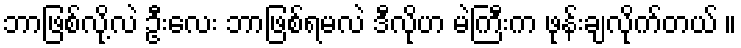
ဘာဖြစ်လို့လဲ ဦးလေး ဘာဖြစ်ရမလဲ ဒီလိုဟ မဲကြီးက ဖုန်းချလိုက်တယ် ။